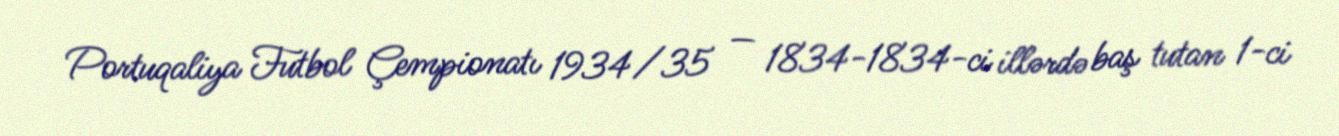
Portuqaliya Futbol Çempionatı 1934/35 — 1834-1834-ci illərdə baş tutan 1-ci